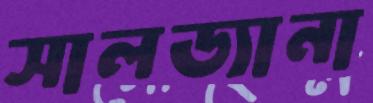
সালড্যানা